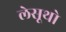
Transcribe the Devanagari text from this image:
लेसूथो